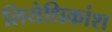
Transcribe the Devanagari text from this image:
लियेधिकांश